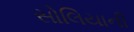
સોલિયાની